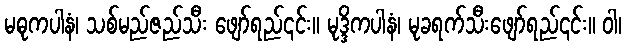
မဓုကပါနံ၊ သစ်မည်ဇည်သီး ဖျော်ရည်၎င်း။ မုဒ္ဒိကပါနံ၊ မုခရက်သီးဖျော်ရည်၎င်း။ ဝါ၊